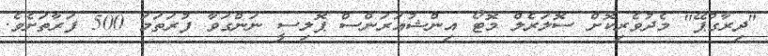
"ދިރާގުޕޭ" މެދުވެރިކޮށް ސޮލަރެލް މޮޓޯ އިންޝުއަރަންސް ޕޮލިސީ ނަންގަވާ ފުރަތަމަ 500 ފަރާތަށެވެ.